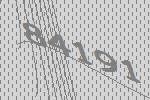
84191